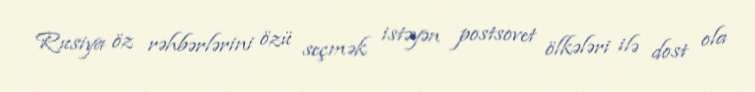
Rusiya öz rəhbərlərini özü seçmək istəyən postsovet ölkələri ilə dost ola